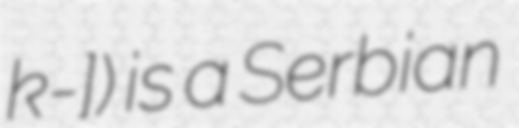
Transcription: kǒ-]) is a Serbian